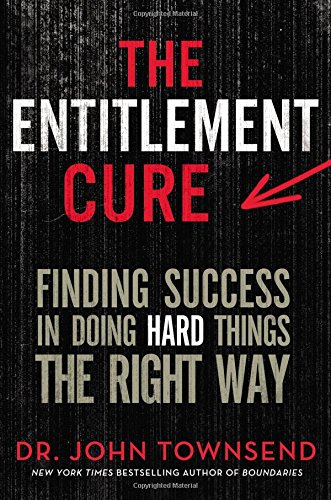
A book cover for The Entitlement Cure: Finding Success in Doing Hard Things the Right Way; John Townsend; Christian Books & Bibles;